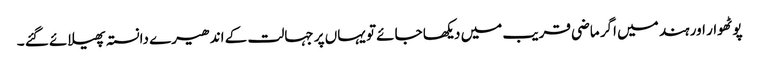
پوٹھوار اور ہند میں اگر ماضی قریب میں دیکھا جائے تو یہاں پر جہالت کے اندھیرے دانستہ پھیلائے گئے ۔